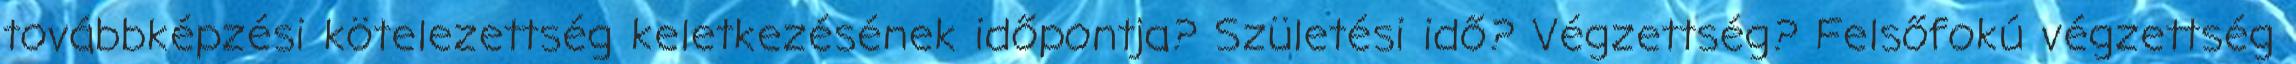
továbbképzési kötelezettség keletkezésének időpontja? Születési idő? Végzettség? Felsőfokú végzettség